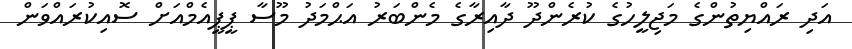
އަދި ރައްޔިތުންގެ މަޖިލީހުގެ ކުރެންދޫ ދާއިރާގެ މެންބަރު އަޙްމަދު މޫސާ ޕީޕީއެމްއަށް ސޮއިކުރައްވަން